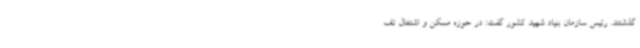
گذشتند. رئیس سازمان بنیاد شهید کشور گفت: در حوزه مسکن و اشتغال تف